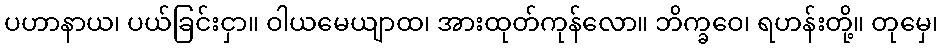
ပဟာနာယ၊ ပယ်ခြင်းငှာ။ ဝါယမေယျာထ၊ အားထုတ်ကုန်လော။ ဘိက္ခဝေ၊ ရဟန်းတို့။ တုမှေ၊